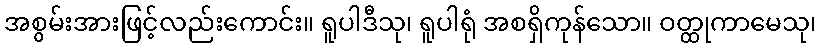
အစွမ်းအားဖြင့်လည်းကောင်း။ ရူပါဒီသု၊ ရူပါရုံ အစရှိကုန်သော။ ဝတ္ထုကာမေသု၊